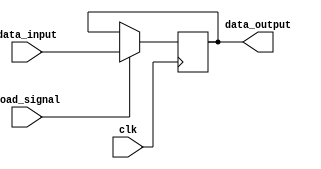
/* registrador, com sinal de load, sem reset e parametrizado para N bits de memria */
module register #(parameter N = 64) (
    input wire clk, /* sinal de clock */
    input wire load_signal, /* sinal de load, para escrever ou no novos valores */
    input wire [N-1:0] data_input, /* novos dados a serem escritos no registrador */
    output reg [N-1:0] data_output); /* dados j cadastrados no registrador */

    /* ao em borda de subida do clock */
    always @(posedge clk) begin
        /* escrever dados apenas com sinal se load (load_signal = 1) */
        if(load_signal)
            data_output <= data_input;
    end

endmodule